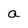
Character: a